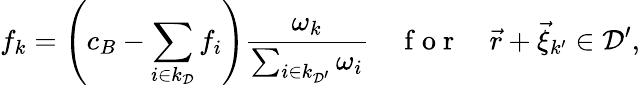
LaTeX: f_{k}=\left(c_{B}-\sum_{i\in k_{\mathcal{D}}}f_{i}\right)\frac{\omega_{k}}{\sum_{i\in k_{\mathcal{D}^{\prime}}}\omega_{i}}\quad\mathrm{~f~o~r~}\quad\vec{r}+\vec{\xi}_{k^{\prime}}\in\mathcal{D}^{\prime},